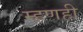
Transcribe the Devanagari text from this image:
म्हणही